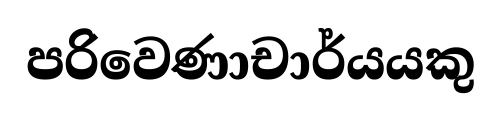
පරිවෙණාචාර්යයකු